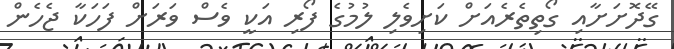
ގޭދޮށަށާއި ގޯތިތެރެއަށް ކަށިވެލި ލުމުގެ ފޯރި އަކީ ވެސް ވަރަށް ފަހަކާ ޖެހެން